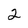
Character: 2